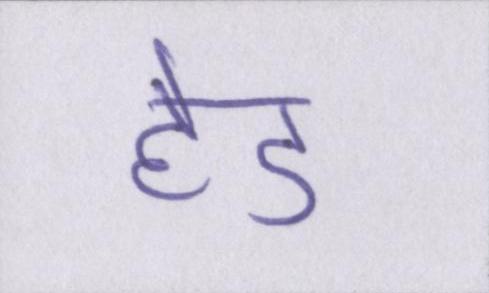
हेड